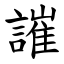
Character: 䜅